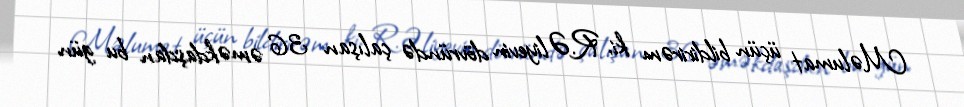
Məlumat üçün bildirirəm ki, R.Əliyevin dövründə çalışan 36 əməkdaşdan bu gün